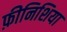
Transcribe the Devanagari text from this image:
फ़ीनिशिया